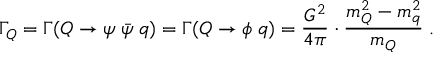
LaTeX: \Gamma _ { Q } = \Gamma ( Q \to \psi \; { \bar { \psi } } \; q ) = \Gamma ( Q \to \phi \; q ) = \frac { G ^ { 2 } } { 4 \pi } \cdot \frac { m _ { Q } ^ { 2 } - m _ { q } ^ { 2 } } { m _ { Q } } \; .